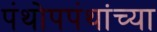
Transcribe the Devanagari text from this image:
पंथोपपंथांच्या